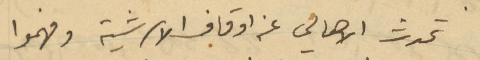
تحدث الأهالي عن اوقاف الأبرشية وفهموا